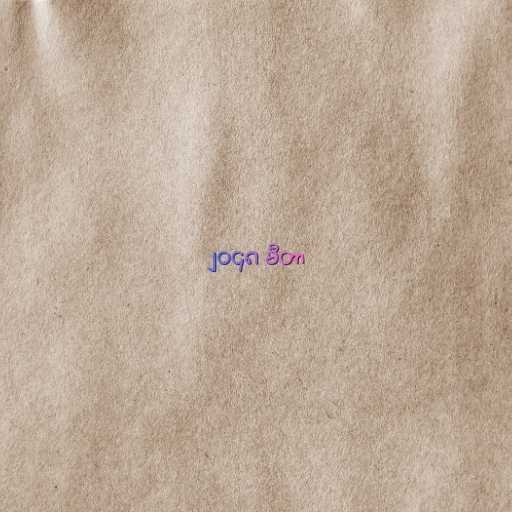
၂၀၄၈ မီတာ